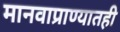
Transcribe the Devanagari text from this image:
मानवाप्राण्यातही